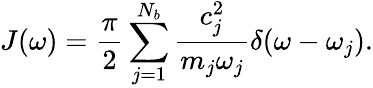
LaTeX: J(\omega)=\frac{\pi}{2}\sum_{j=1}^{N_{b}}\frac{c_{j}^{2}}{m_{j}\omega_{j}}\delta(\omega-\omega_{j}).